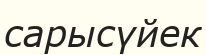
сарысүйек